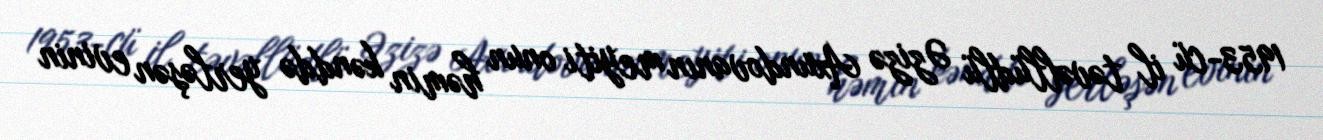
1953-cü il təvəllüdlü Əzizə Axundovanın meyiti onun həmin kənddə yerləşən evinin